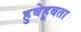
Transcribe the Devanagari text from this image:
हुबेहूबता